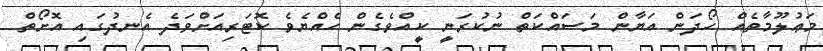
މަޢުލޫމާތެއް ހޯދަން އަޔާން މަސައްކަތް ނުކުރަނީ ކީއްވެގެން ހެއްޔެވެ ކޮޓަރިއަށްވަދެ އެނދުގައި އޮށޯތް